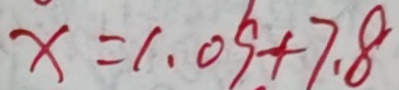
x = 1 . 0 9 + 7 . 8